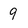
Character: 9